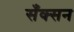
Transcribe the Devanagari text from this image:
सँक्सन